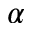
\alpha